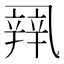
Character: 𰁏